Vaccination in Bombay 1856-1862 - 1856-1862
Year: 1856
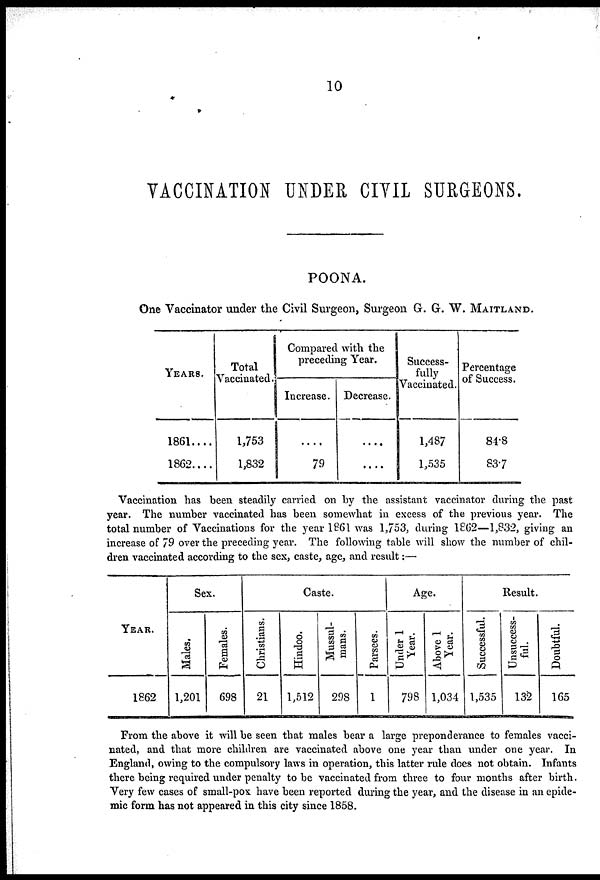
10
VACCINATION UNDER CIVIL SURGEONS.
POONA.
One Vaccinator under the Civil Surgeon, Surgeon G. G. W. MAITLAND.
YEARS.
1861....
1862....
Total
Vaccinated.
1,753
1,832
Compared with the
preceding Year.
Increase.
....
79
Decrease.
....
....
Success-
fully
Vaccinated.
1,487
1,535
Percentage
of Success.
84.8
83.7
Vaccination has been steadily carried on by the assistant vaccinator during the past
year. The number vaccinated has been somewhat in excess of the previous year. The
total number of Vaccinations for the year 1861 was 1,753, during 1862—1,832, giving an
increase of 79 over the preceding year. The following table will show the number of chil-
dren vaccinated according to the sex, caste, age, and result:—
YEAR.
1862
Sex.
Males.
1,201
Females.
698
Caste.
Christians.
21
Hindoo.
1,512
Mussul-
mans.
298
Parsees.
1
Age.
Under 1
Year.
798
Above 1
Year.
1,034
Result.
Successful.
1,535
Unsuccess-
ful.
132
Doubtful.
165
From the above it will be seen that males bear a large preponderance to females vacci-
nated, and that more chihdren are vaccinated above one year than under one year. In
England, owing to the compulsory laws in operation, this latter rule does not obtain. Infants
there being required under penalty to be vaccinated from three to four months after birth.
Very few cases of small-pox have been reported during the year, and the disease in an epide-
mic form has not appeared in this city since 1858.